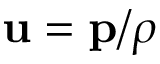
\mathbf { u } = \mathbf { p } / \rho